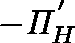
- \mathit { \Pi } _ { H } ^ { ' }